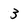
Character: 3